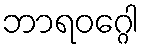
ဘာရဝဂ္ဂေါ